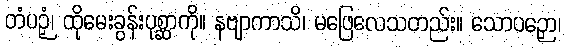
တံပဉှံ၊ ထိုမေးခွန်းပုစ္ဆာကို။ နဗျာကာသိ၊ မဖြေလေသတည်း။ သောပဉှော၊